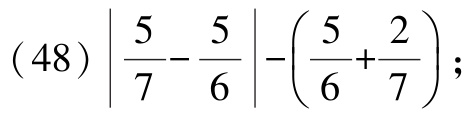
\((48)\left|\frac{5}{7}-\frac{5}{6}\right|-\left(\frac{5}{6}+\frac{2}{7}\right);\)